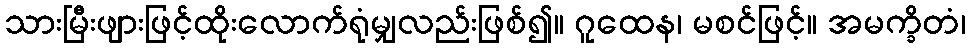
သားမြီးဖျားဖြင့်ထိုးလောက်ရုံမျှလည်းဖြစ်၍။ ဂူထေန၊ မစင်ဖြင့်။ အမက္ခိတံ၊